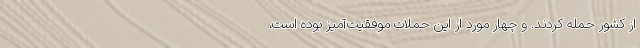
از کشور حمله کردند. و چهار مورد از این حملات موفقیت‌آمیز بوده است،